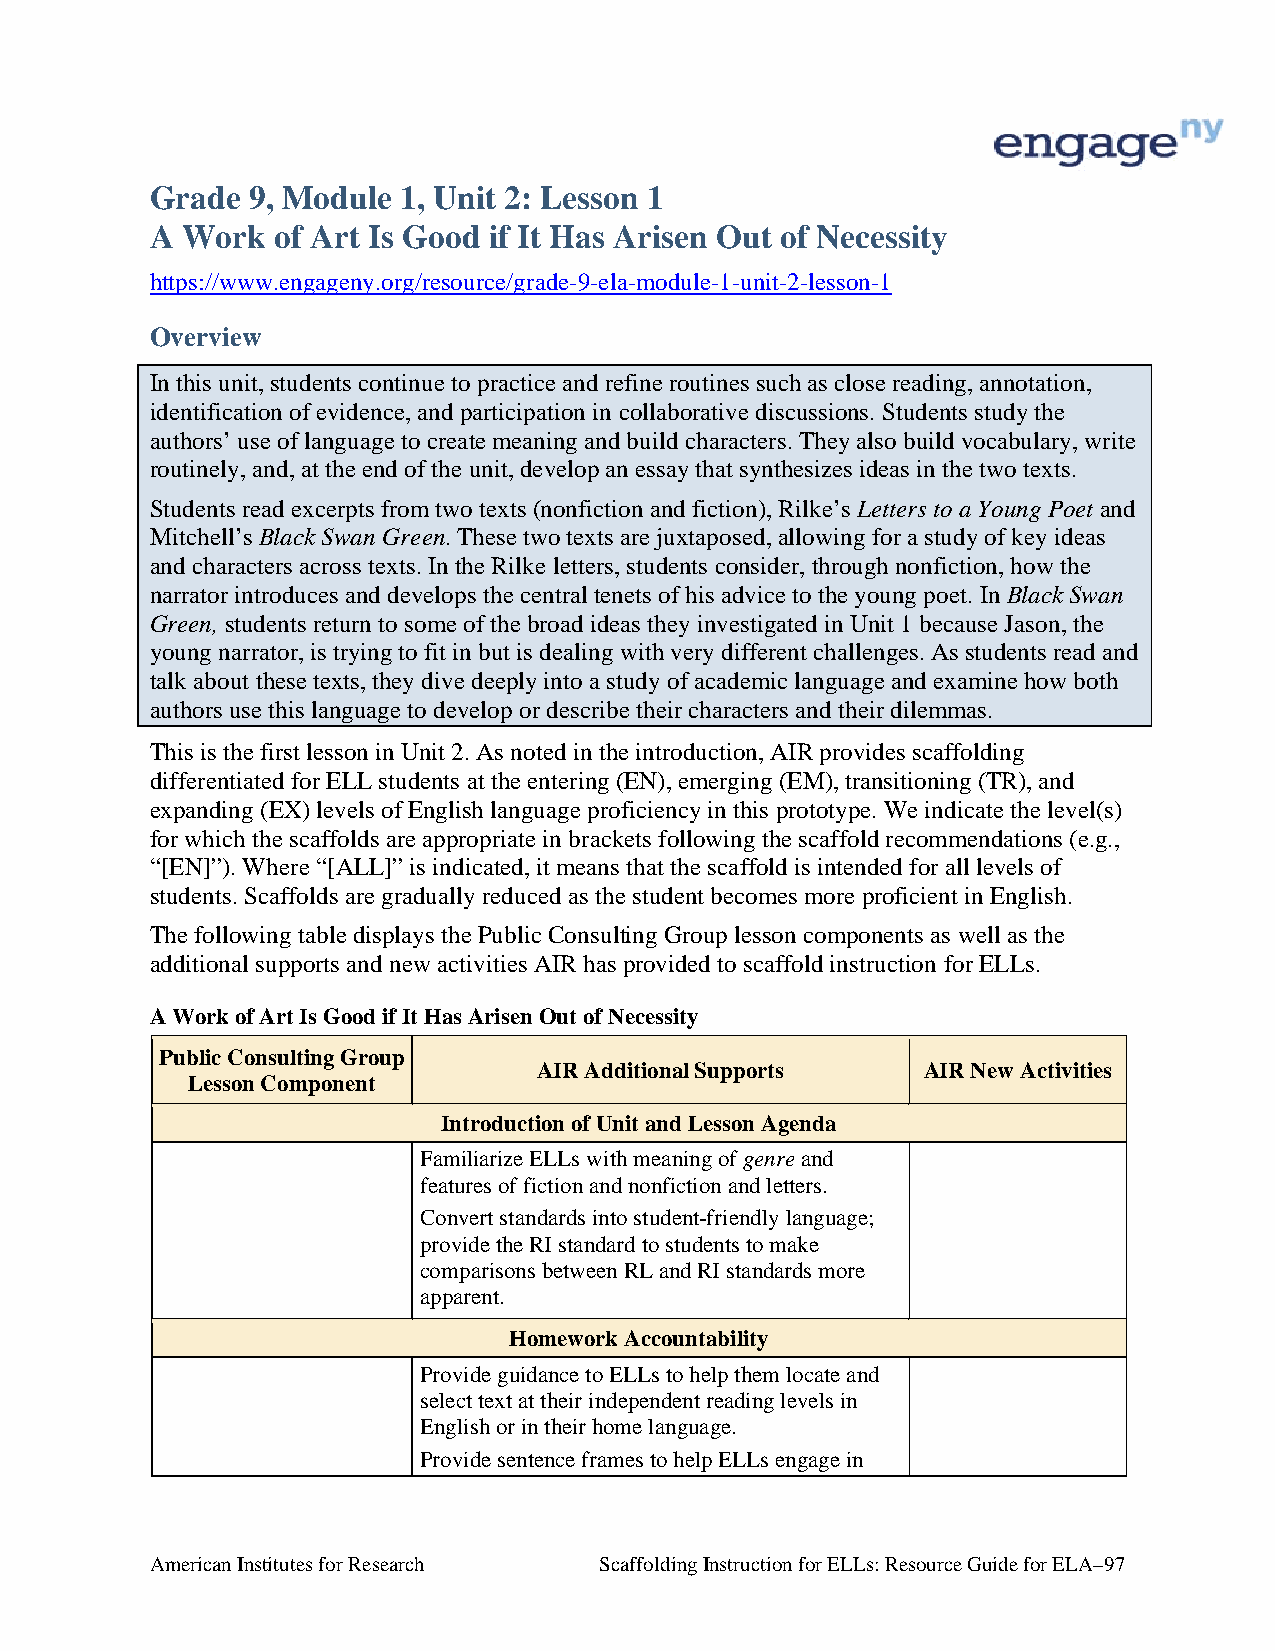
Grade 9, Module 1, Unit 2: Lesson 1
 A Work  of Art Is Good if It Has Arisen Out of Necessity
 https://www.engageny.org/resource/grade-9-ela-module-1-unit-2-lesson-1
 Overview
 In this unit, students continue to practice and refine routines such as close reading, annotation,
 identification of evidence, and participation in collaborative discussions. Students study the
 authors’ use of language to create meaning and build characters. They also build vocabulary, write
 routinely, and, at the end of the unit, develop an essay that synthesizes ideas in the two texts.
 Students read excerpts from two texts (nonfiction and fiction), Rilke’s Letters to a Young Poet and
 Mitchell’s Black Swan Green. These two texts are juxtaposed, allowing for a study of key ideas
 and characters across texts. In the Rilke letters, students consider, through nonfiction, how the
 narrator introduces and develops the central tenets of his advice to the young poet. In Black Swan
 Green, students return to some of the broad ideas they investigated in Unit 1 because Jason, the
 young narrator, is trying to fit in but is dealing with very different challenges. As students read and
 talk about these texts, they dive deeply into a study of academic language and examine how both
 authors use this language to develop or describe their characters and their dilemmas.
 This is the first lesson in Unit 2. As noted in the introduction, AIR provides scaffolding
 differentiated for ELL students at the entering (EN), emerging (EM), transitioning (TR), and
 expanding (EX) levels of English language proficiency in this prototype. We indicate the level(s)
 for which the scaffolds are appropriate in brackets following the scaffold recommendations (e.g.,
 “[EN]”). Where “[ALL]” is indicated, it means that the scaffold is intended for all levels of
 students. Scaffolds are gradually reduced as the student becomes more proficient in English.
 The following table displays the Public Consulting Group lesson components as well as the
 additional supports and new activities AIR has provided to scaffold instruction for ELLs.
 A Work of Art Is Good if It Has Arisen Out of Necessity
 Public Consulting Group
 AIR Additional Supports  AIR New Activities
 Lesson Component
 Introduction of Unit and Lesson Agenda
 Familiarize ELLs with meaning of genre and
 features of fiction and nonfiction and letters.
 Convert standards into student-friendly language;
 provide the RI standard to students to make
 comparisons between RL and RI standards more
 apparent.
 Homework Accountability
 Provide guidance to ELLs to help them locate and
 select text at their independent reading levels in
 English or in their home language.
 Provide sentence frames to help ELLs engage in
 American Institutes for Research Scaffolding Instruction for ELLs: Resource Guide for ELA–97